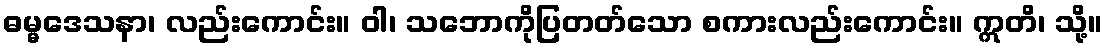
ဓမ္မဒေသနာ၊ လည်းကောင်း။ ဝါ၊ သဘောကိုပြတတ်သော စကားလည်းကောင်း။ ဣတိ၊ သို့။